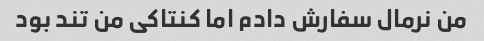
من نرمال سفارش دادم اما کنتاکی من تند بود